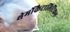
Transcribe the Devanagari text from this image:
थेर्मोकैटालिटिकल